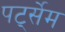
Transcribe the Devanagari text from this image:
पर्ट्सेम